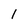
Character: 1